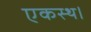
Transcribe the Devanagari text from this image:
एकस्थ।